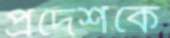
প্রদেশকে